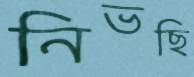
নিভছি